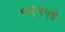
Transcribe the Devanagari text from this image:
१९१५चे